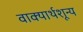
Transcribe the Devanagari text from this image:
वाक्यार्थशून्य